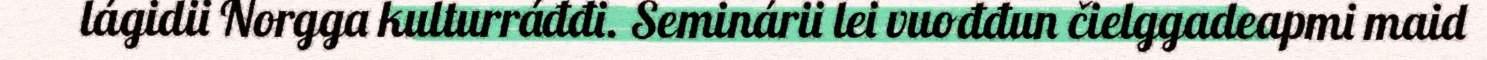
lágidii Norgga kulturráđđi. Seminárii lei vuođđun čielggadeapmi maid